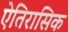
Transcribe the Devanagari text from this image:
ऐतिरासिक